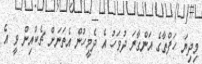
މިދިޔަ ހަފްތާގެ އަންގާރަ ދުވަހު އެ ދެމީހުން އެތަނަށް ޗެކްއިން ވީ އެ